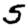
Digit: 5